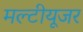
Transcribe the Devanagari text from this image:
मल्टीयूजर